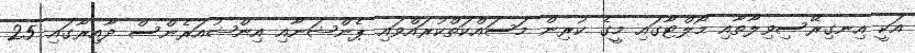
އަކީ އިނގިރޭސިވިލާތާއި މޯލްޓާގައި މީގެ ކުރިން މަސައްކަތްކުރައްވައި ޕެންޝަނާއި އިންޝުއަރެންސް ދާއިރާގައި 25